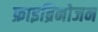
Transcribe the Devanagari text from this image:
फ्राइब्रिनोजन